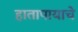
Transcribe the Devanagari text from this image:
हातापायाचे